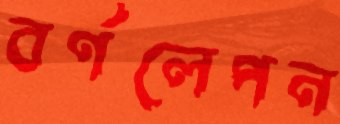
বর্ণলেপন